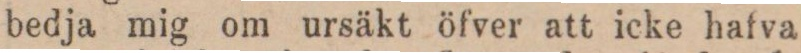
bedja mig om ursäkt öfver att icke hafva